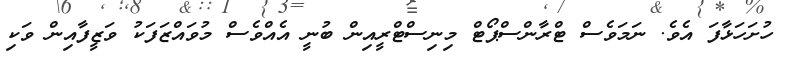
ހުށަހަޅާފަ އެވެ. ނަމަވެސް ޓްރާންސްޕޯޓް މިނިސްޓްރީއިން ބުނީ އެއްވެސް މުވައްޒަފަކު ވަޒީފާއިން ވަކި